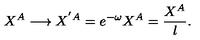
X ^ { A } \longrightarrow X ^ { ' { A } } = e ^ { - \omega } X ^ { A } = \frac { X ^ { A } } { l } .